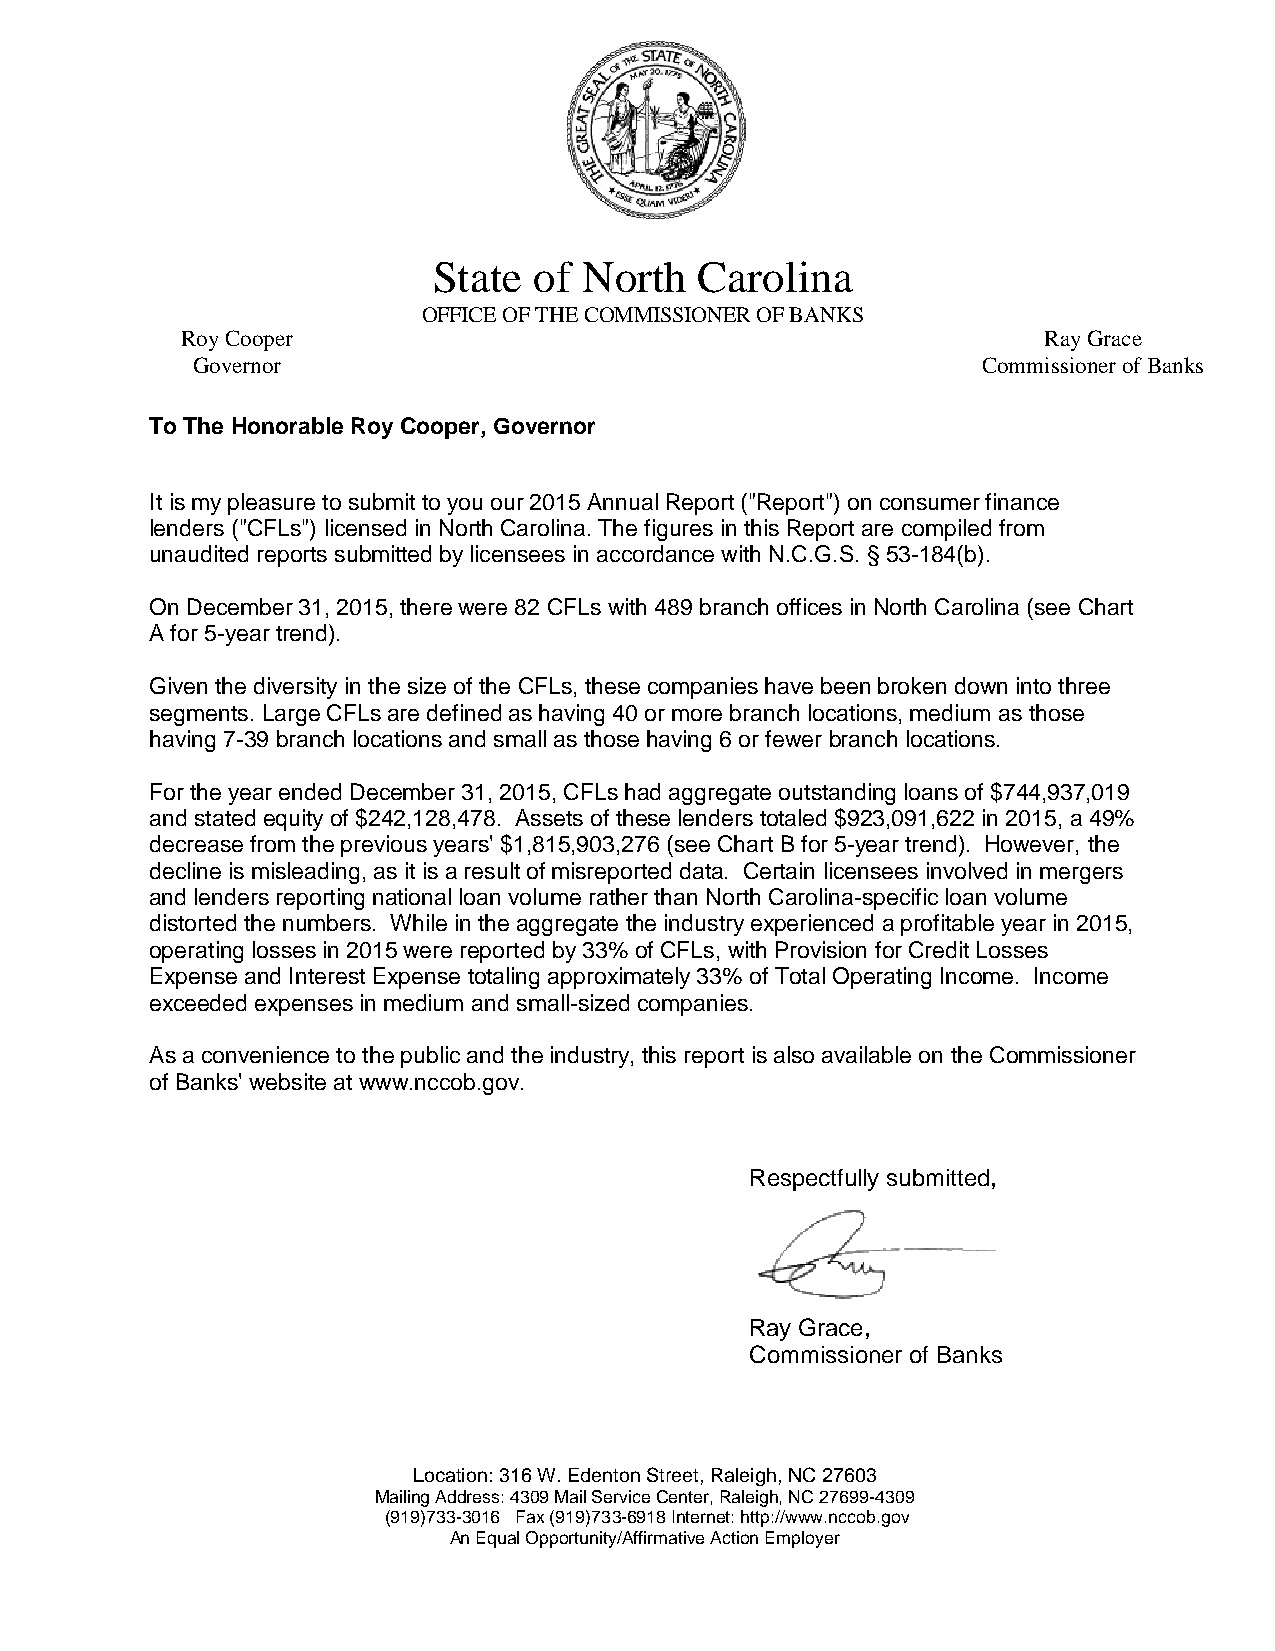
State of  North  Carolina
 OFFICE OF THE COMMISSIONER OF BANKS
 Roy Cooper                                               Ray Grace
 Governor                                            Commissioner of Banks
 To The Honorable Roy Cooper, Governor
 It is my pleasure to submit to you our 2015 Annual Report ("Report") on consumer finance
 lenders ("CFLs") licensed in North Carolina. The figures in this Report are compiled from
 unaudited reports submitted by licensees in accordance with N.C.G.S. § 53-184(b).
 On December 31, 2015, there were 82 CFLs with 489 branch offices in North Carolina (see Chart
 A for 5-year trend).
 Given the diversity in the size of the CFLs, these companies have been broken down into three
 segments. Large CFLs are defined as having 40 or more branch locations, medium as those
 having 7-39 branch locations and small as those having 6 or fewer branch locations.
 For the year ended December 31, 2015, CFLs had aggregate outstanding loans of $744,937,019
 and stated equity of $242,128,478. Assets of these lenders totaled $923,091,622 in 2015, a 49%
 decrease from the previous years' $1,815,903,276 (see Chart B for 5-year trend). However, the
 decline is misleading, as it is a result of misreported data. Certain licensees involved in mergers
 and lenders reporting national loan volume rather than North Carolina-specific loan volume
 distorted the numbers. While in the aggregate the industry experienced a profitable year in 2015,
 operating losses in 2015 were reported by 33% of CFLs, with Provision for Credit Losses
 Expense and Interest Expense totaling approximately 33% of Total Operating Income. Income
 exceeded expenses in medium and small-sized companies.
 As a convenience to the public and the industry, this report is also available on the Commissioner
 of Banks' website at www.nccob.gov.
 Respectfully submitted,
 Ray Grace,
 Commissioner of Banks
 Location: 316 W. Edenton Street, Raleigh, NC 27603
 Mailing Address: 4309 Mail Service Center, Raleigh, NC 27699-4309
 (919)733-3016 Fax (919)733-6918 Internet: http://www.nccob.gov
 An Equal Opportunity/Affirmative Action Employer